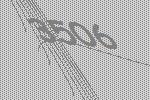
3506